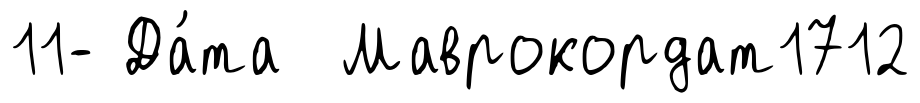
11- Да́та Маврокордат1712